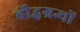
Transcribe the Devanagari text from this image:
बौद्धग्रन्थों